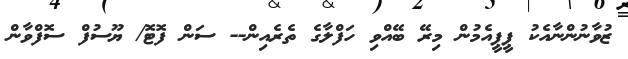
ޒުވާނުންނާއެކު ޕީޕީއެމުން މިރޭ ބޭއްވި ހަފްލާގެ ތެރެއިން-- ސަން ފޮޓޮ/ ޔޫސުފް ސޮފްވާން